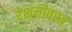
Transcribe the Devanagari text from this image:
रेशमीवस्त्र